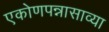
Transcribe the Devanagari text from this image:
एकोणपन्नासाव्या